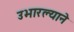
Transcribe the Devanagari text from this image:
उभारल्याने